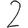
Digit: 2